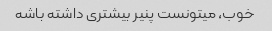
خوب، میتونست پنیر بیشتری داشته باشه